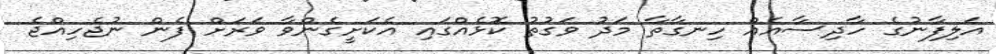
އަލިފާނުގެ ހާދިސާއެއް ހިނގާތާ މަދު ވަގުތު ކޮޅެއްގައި އެކަށީގެންވާ ވަރަށް ފެން ނުޖެހިއްޖެ